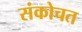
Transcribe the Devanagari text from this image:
संकोचत